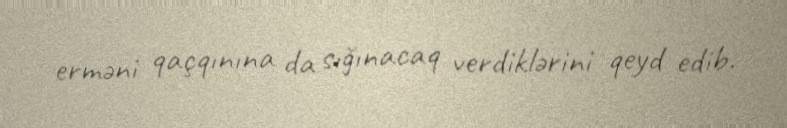
erməni qaçqınına da sığınacaq verdiklərini qeyd edib.